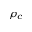
\rho _ { c }